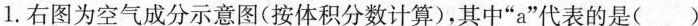
1. 右图为空气成分示意图(按体积分数计算)，其中”a”代表的是（ ）